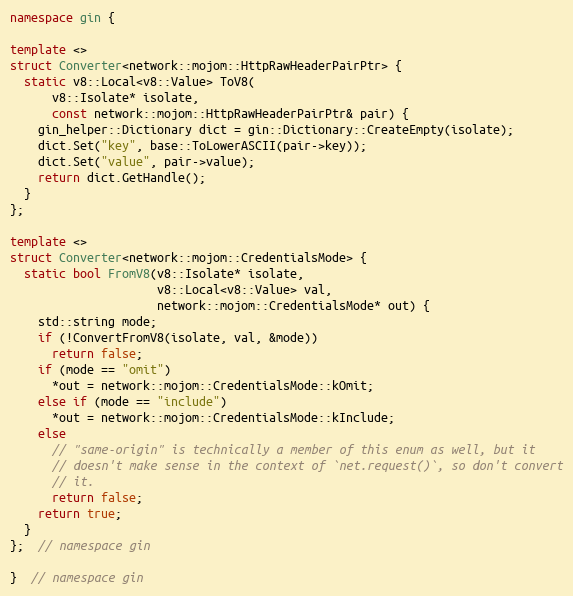
Language: C++
namespace gin {

template <>
struct Converter<network::mojom::HttpRawHeaderPairPtr> {
  static v8::Local<v8::Value> ToV8(
      v8::Isolate* isolate,
      const network::mojom::HttpRawHeaderPairPtr& pair) {
    gin_helper::Dictionary dict = gin::Dictionary::CreateEmpty(isolate);
    dict.Set("key", base::ToLowerASCII(pair->key));
    dict.Set("value", pair->value);
    return dict.GetHandle();
  }
};

template <>
struct Converter<network::mojom::CredentialsMode> {
  static bool FromV8(v8::Isolate* isolate,
                     v8::Local<v8::Value> val,
                     network::mojom::CredentialsMode* out) {
    std::string mode;
    if (!ConvertFromV8(isolate, val, &mode))
      return false;
    if (mode == "omit")
      *out = network::mojom::CredentialsMode::kOmit;
    else if (mode == "include")
      *out = network::mojom::CredentialsMode::kInclude;
    else
      // "same-origin" is technically a member of this enum as well, but it
      // doesn't make sense in the context of `net.request()`, so don't convert
      // it.
      return false;
    return true;
  }
};  // namespace gin

}  // namespace gin